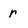
Character: r